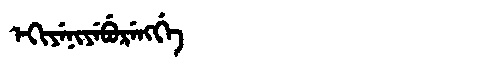
Manchu: ᡝᡴᡳᠶᡝᠨᡳᠶᡝᠪᡠᡵᡝᠩᡤᡝ
Romanization: EKIYENIYEBURENGGE